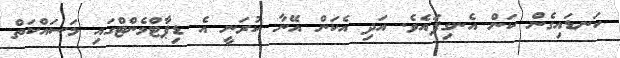
ކަނޑައިގެން ކަން އެނގިފައެވެ. އަދި އެކަން އޭނާ ކުރަނީ އެ ޑިޕާޓްމެންޓްގައި މަސައްކަތް